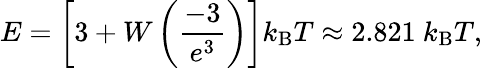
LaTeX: E=\left[3+W\left({\frac{-3}{e^{3}}}\right)\right]k_{\mathrm{B}}T\approx 2.821\ k_{\mathrm{B}}T,